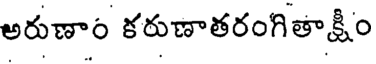
అరుణాం కరుణాతరంగితాక్షీం